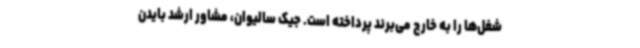
شغل‌ها را به خارج می‌برند پرداخته است. جیک سالیوان، مشاور ارشد بایدن